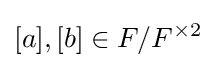
[a],[b]\in F/F^{\times 2}